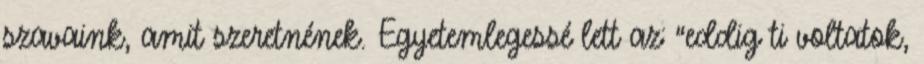
szavaink, amit szeretnének. Egyetemlegessé lett az: “eddig ti voltatok,